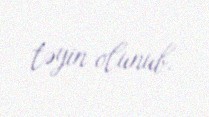
təyin olunub.